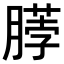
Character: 𫆲